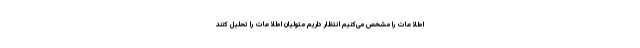
اطلاعات را مشخص می‌کنیم انتظار داریم متولیان اطلاعات را تحلیل کنند